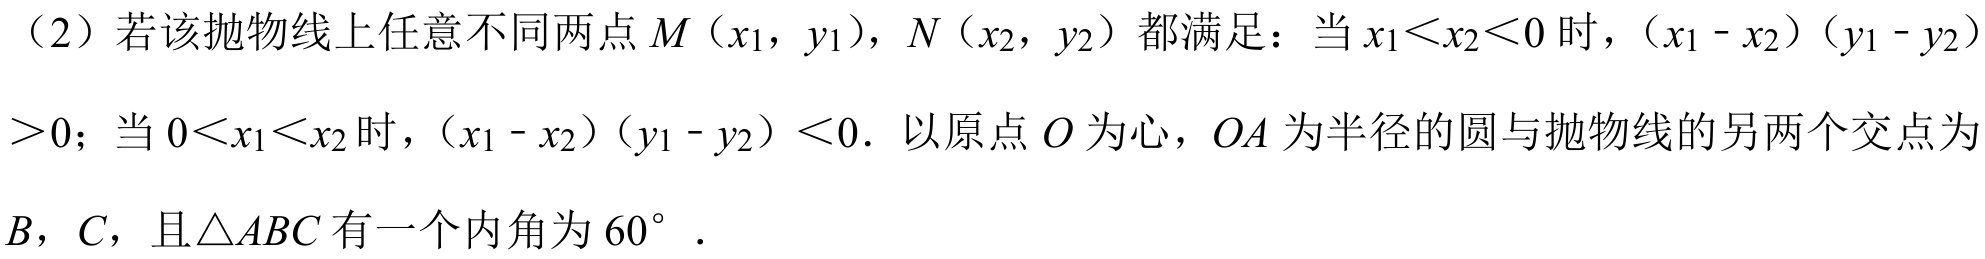
（2）若该抛物线上任意不同两点\(M(x_1,y_1)\)，\(N(x_2,y_2)\)都满足：当\(x_1<x_2<0\)时，\((x_1 - x_2)(y_1 - y_2)>0\)；当\(0<x_1<x_2\)时，\((x_1 - x_2)(y_1 - y_2)<0\). 以原点\(O\)为心，\(OA\)为半径的圆与抛物线的另两个交点为\(B\)，\(C\)，且\(\triangle ABC\)有一个内角为\(60^{\circ}\).